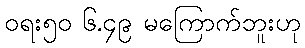
ဝရး၅၀ ၆.၄၉ မကြောက်ဘူးဟု